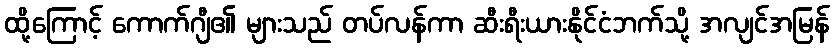
ထို့ကြောင့် ကောက်ဂျီ၏ များသည် တပ်လန်ကာ ဆီးရီးယားနိုင်ငံဘက်သို့ အလျင်အမြန်